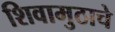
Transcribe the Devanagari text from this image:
शिवामुठाचे